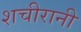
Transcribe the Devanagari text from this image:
शचीरानी